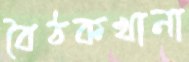
বৈঠকখানা